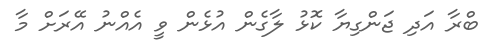
ބްރާ އަދި ޖަންގިޔާ ކޮޅު ލާގެން އުޅެން ވީ އެެއްނު އޭރަށް މާ